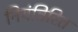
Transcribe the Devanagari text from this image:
नियंत्रिरित